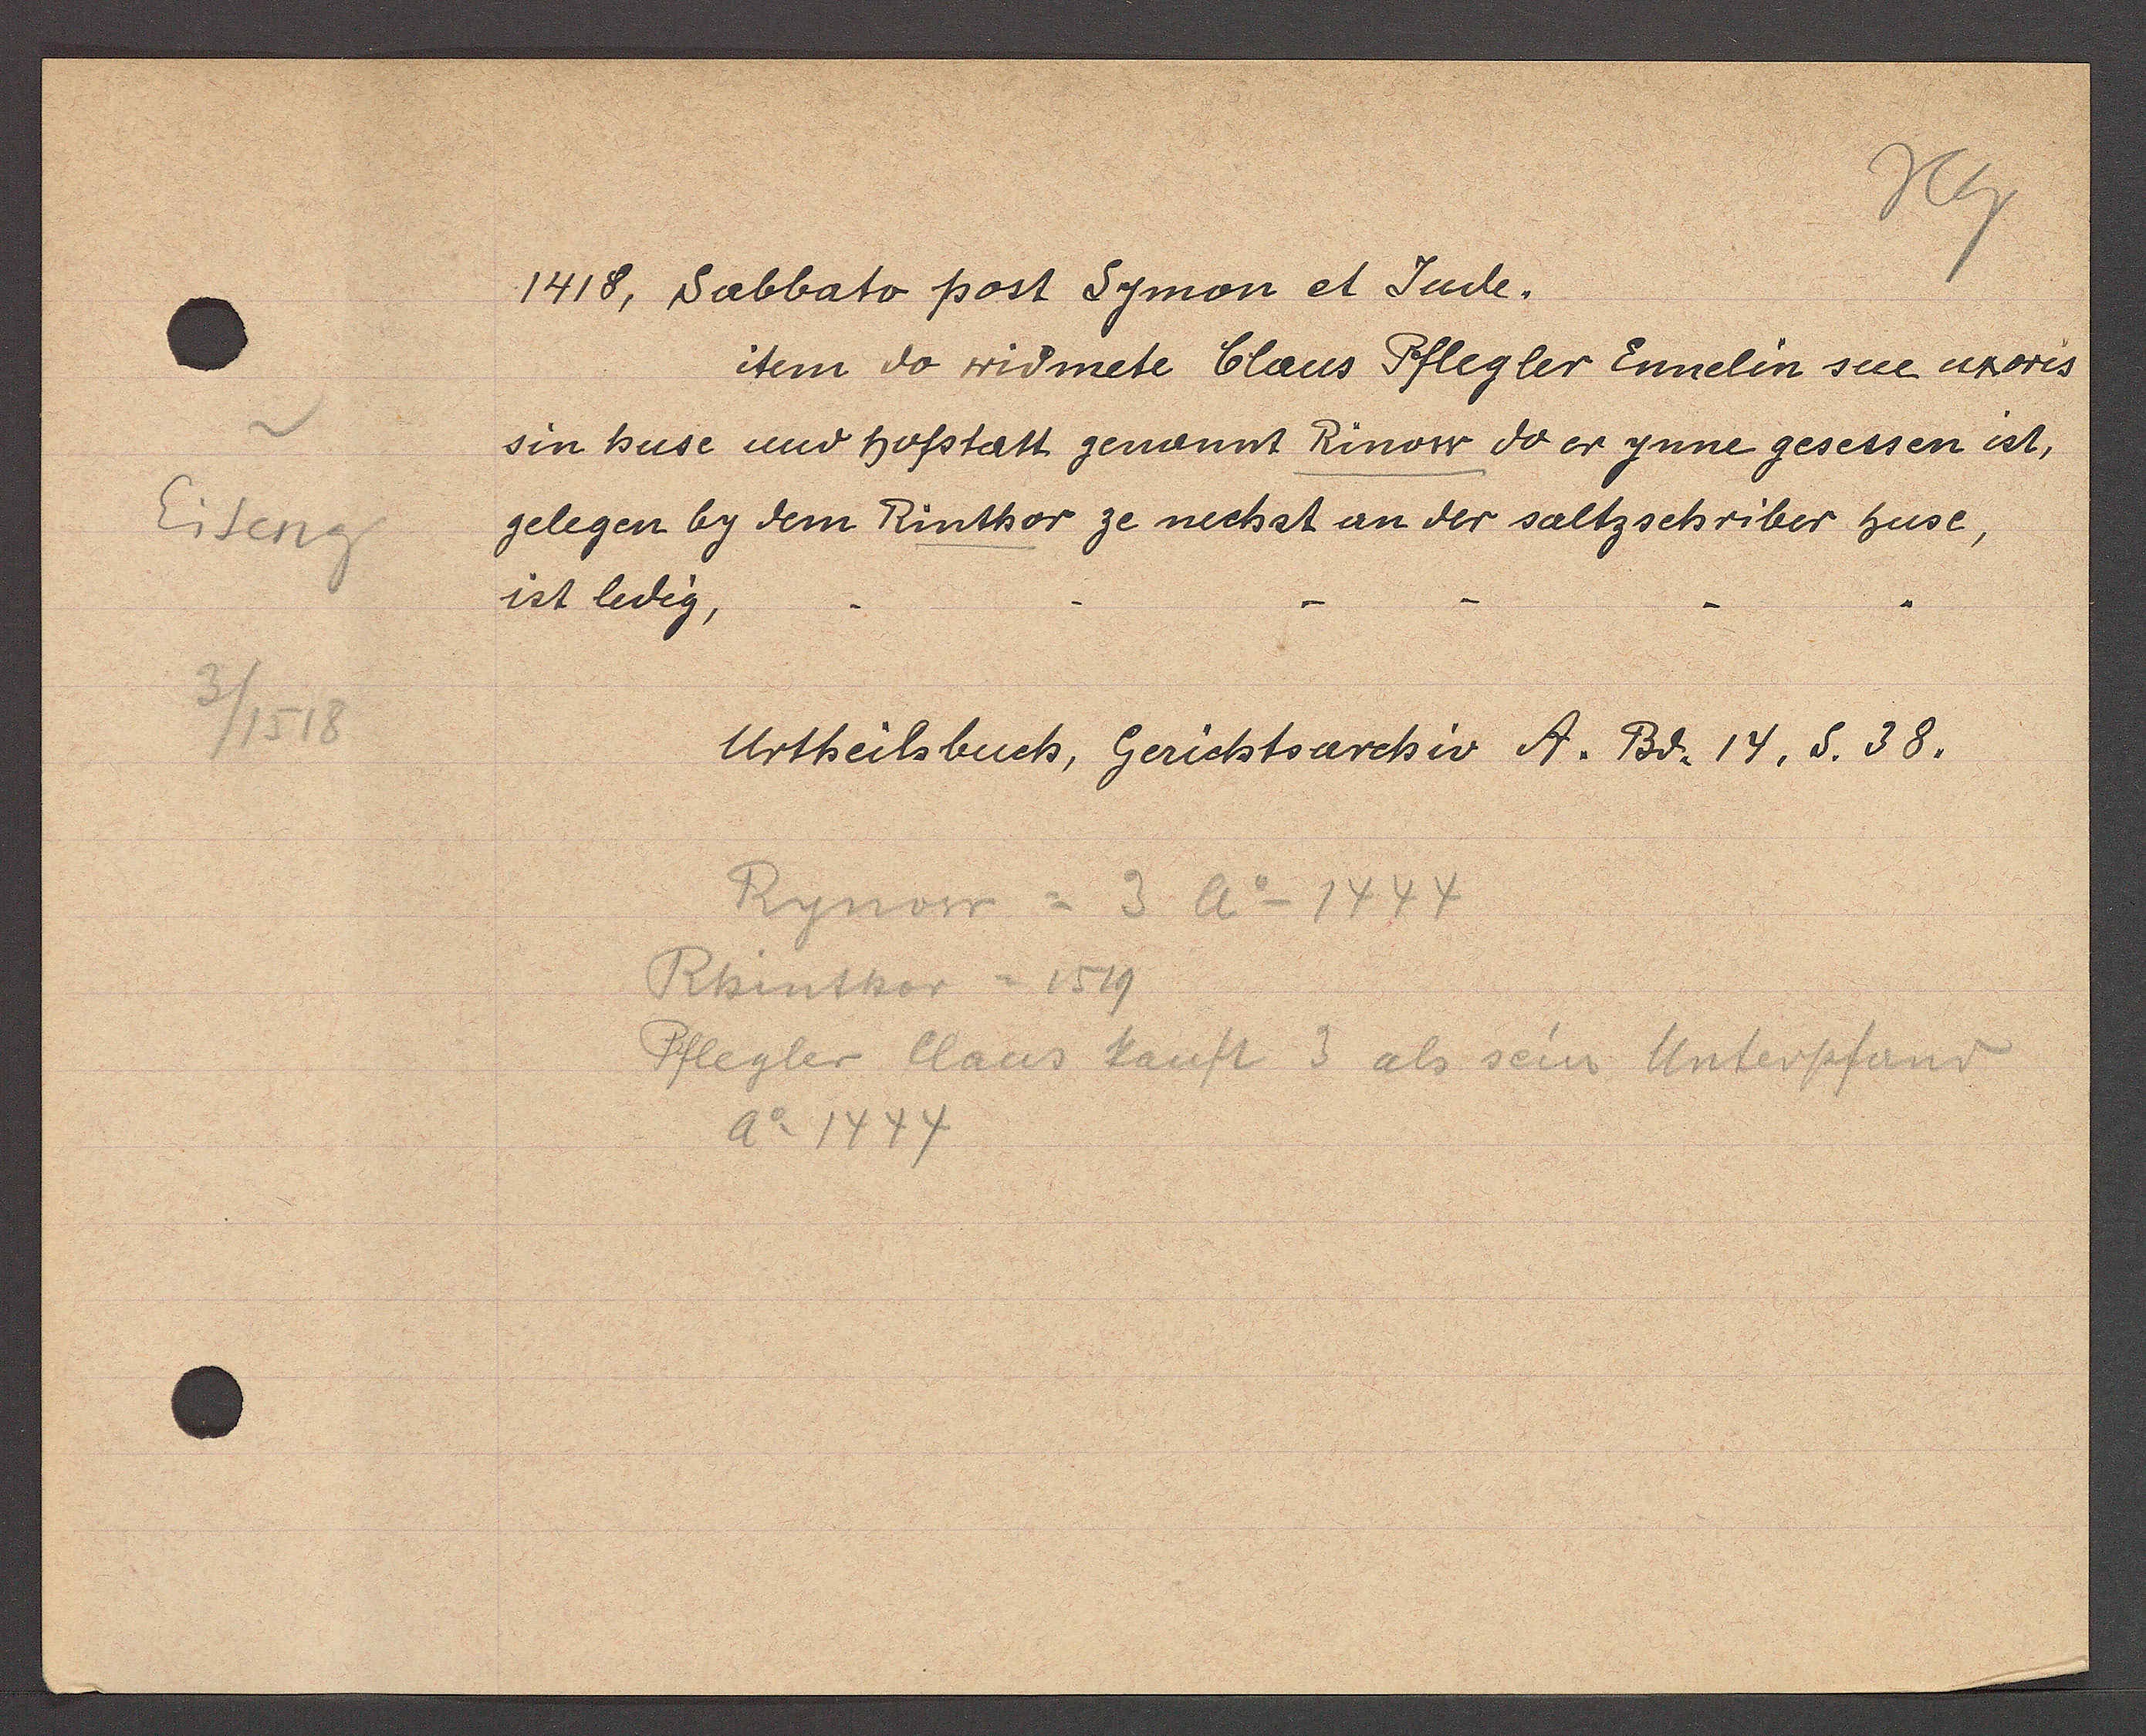
Transcript:
Eiteng
3/1518

1418, Sabbato post Symon et Sade¬

item do widmete Claus Pflegler Ennelin sue uxoris
sin huse und hofstatt genannt Rinow do er ynne gesessen ist,
gelegen by dem Rinthor ze nechst an der saltzschriber huse,
ist ledig,

Rynow = 3 A° 1444
Rkentvor  1519
Pflegler Claus kauft 3 als sein Unterpfand
A° 1444